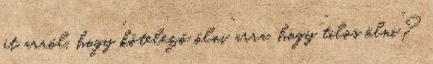
át arról, hogy “kötelező ölni” arra, hogy “tilos ölni”?